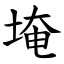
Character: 埯